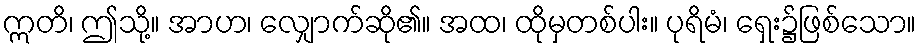
ဣတိ၊ ဤသို့။ အာဟ၊ လျှောက်ဆို၏။ အထ၊ ထိုမှတစ်ပါး။ ပုရိမံ၊ ရှေး၌ဖြစ်သော။